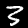
Digit: 3